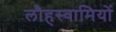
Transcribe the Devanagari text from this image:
लौहस्वामियों